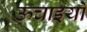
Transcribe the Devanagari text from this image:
ऊचाइयों